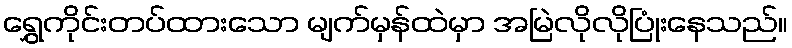
ရွှေကိုင်းတပ်ထားသော မျက်မှန်ထဲမှာ အမြဲလိုလိုပြုံးနေသည်။